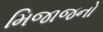
મિજાજનો